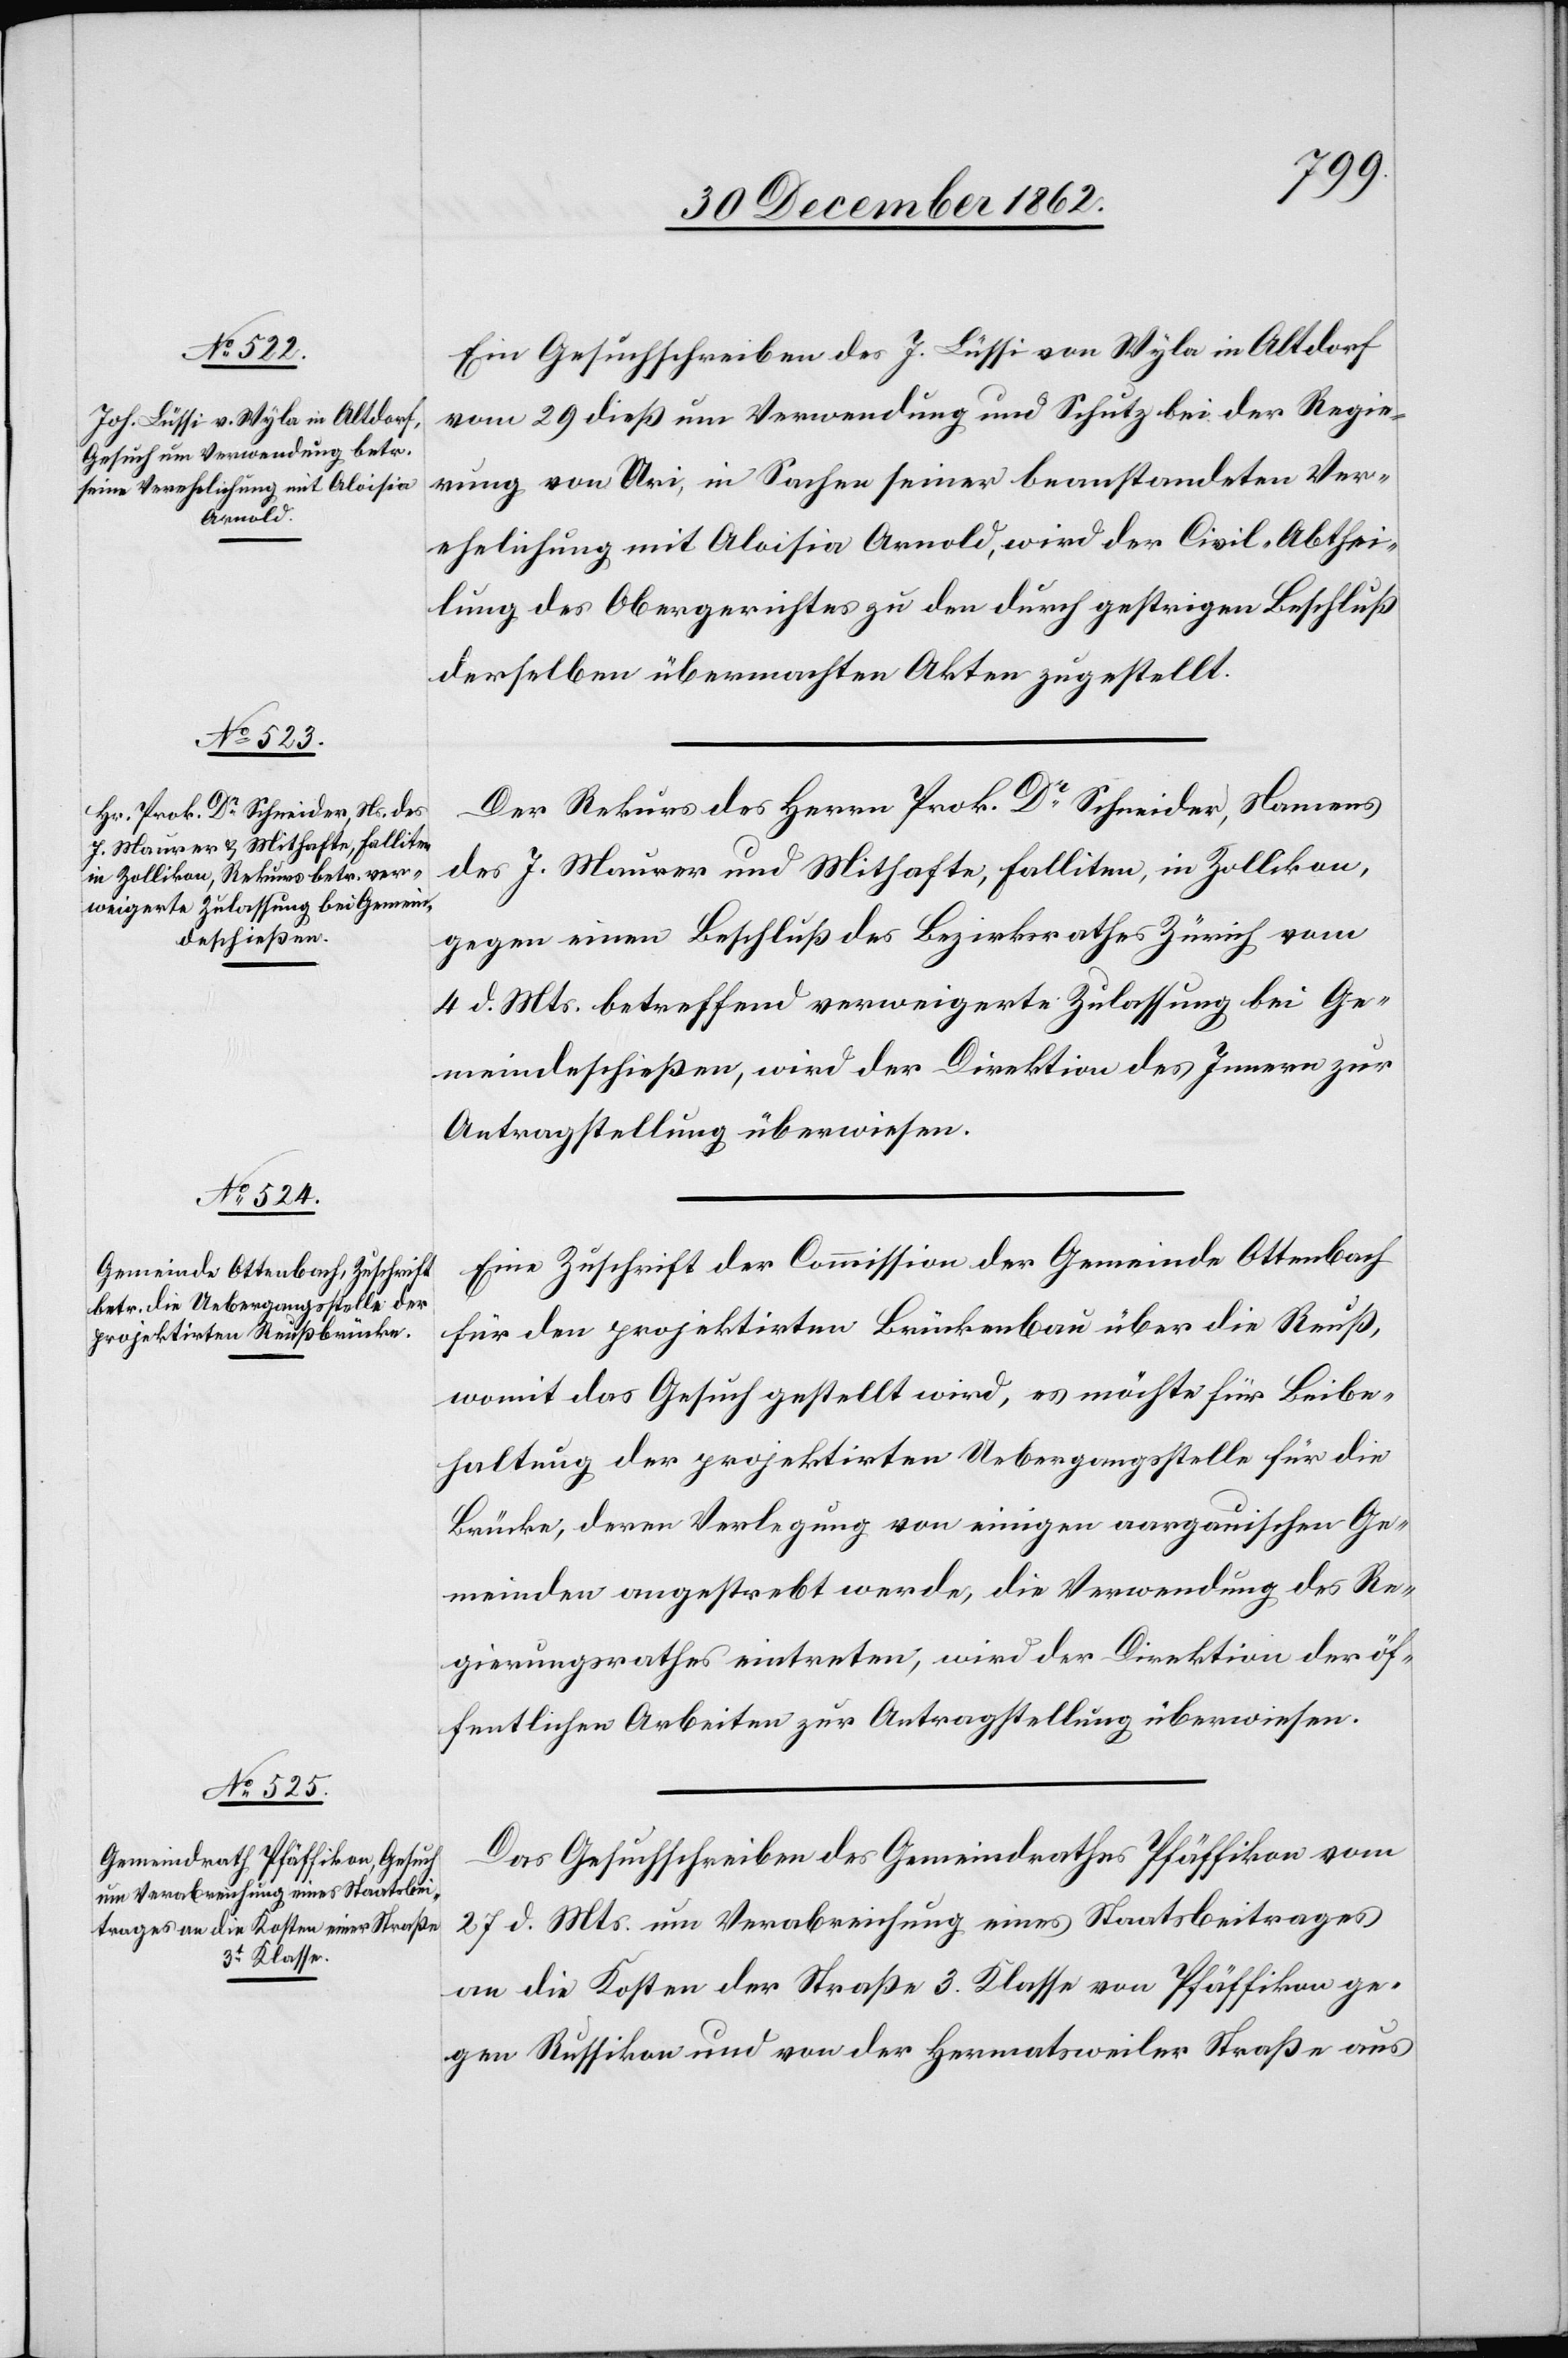
31. December 1862.]
Ein Gesuchschreiben des J. Lüssi von Wyla in Altdorf
vom 29. dieß um Verwendung und Schutz bei der Regie¬
rung von Uri, in Sachen seiner beanstandeten Ver¬
ehelichung mit Aloisia Arnold, wird der Civil-Abthei¬
lung des Obergerichtes zu den durch gestrigen Beschluß
derselben übermachten Akten zugestellt.
Der Rekurs des Herrn Prok. Dr Schneider, Namens
des J. Maurer und Mithafte, Falliten, in Zollikon,
gegen einen Beschluß des Bezirksrathes Zürich vom
4. d. Mts. betreffend verweigerte Zulassung bei Ge¬
meindeschießen, wird der Direktion des Innern zur
Antragstellung überwiesen.
Eine Zuschrift der Commission der Gemeinde Ottenbach
für den projektirten Brückenbau über die Reuß,
womit das Gesuch gestellt wird, es möchte für Beibe¬
haltung der projektirten Uebergangsstelle für die
Brücke, deren Verlegung von einigen aargauschen Ge¬
meinden angestrebt werde, die Verwendung des Re¬
gierungsrathes eintreten, wird der Direktion der öf¬
fentlichen Arbeiten zur Antragstellung überwiesen.
Das Gesuchschreiben des Gemeindrathes Pfäffikon vom
27. d. Mts. um Verabreichung eines Staatsbeitrages
an die Kosten der Straße 3. Klasse von Pfäffikon ge¬
gen Russikon und von der Hermatsweiler Straße aus